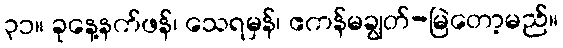
၃၁။ ခုနေ့နက်ဖန်၊ သေရမှန်၊ ဧကန်မချွတ်-မြဲတော့မည်။